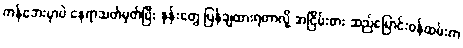
ကန်ဘေးမှာပဲ နေရာသတ်မှတ်ပြီး နုန်းတွေ ပြန်ချထားရတာလို့ အငြိမ်းစား ဆည်မြောင်းဝန်ထမ်းက